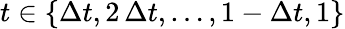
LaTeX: t\in\{ \Delta t,2\, \Delta t,\ldots,1-\Delta t,1\}